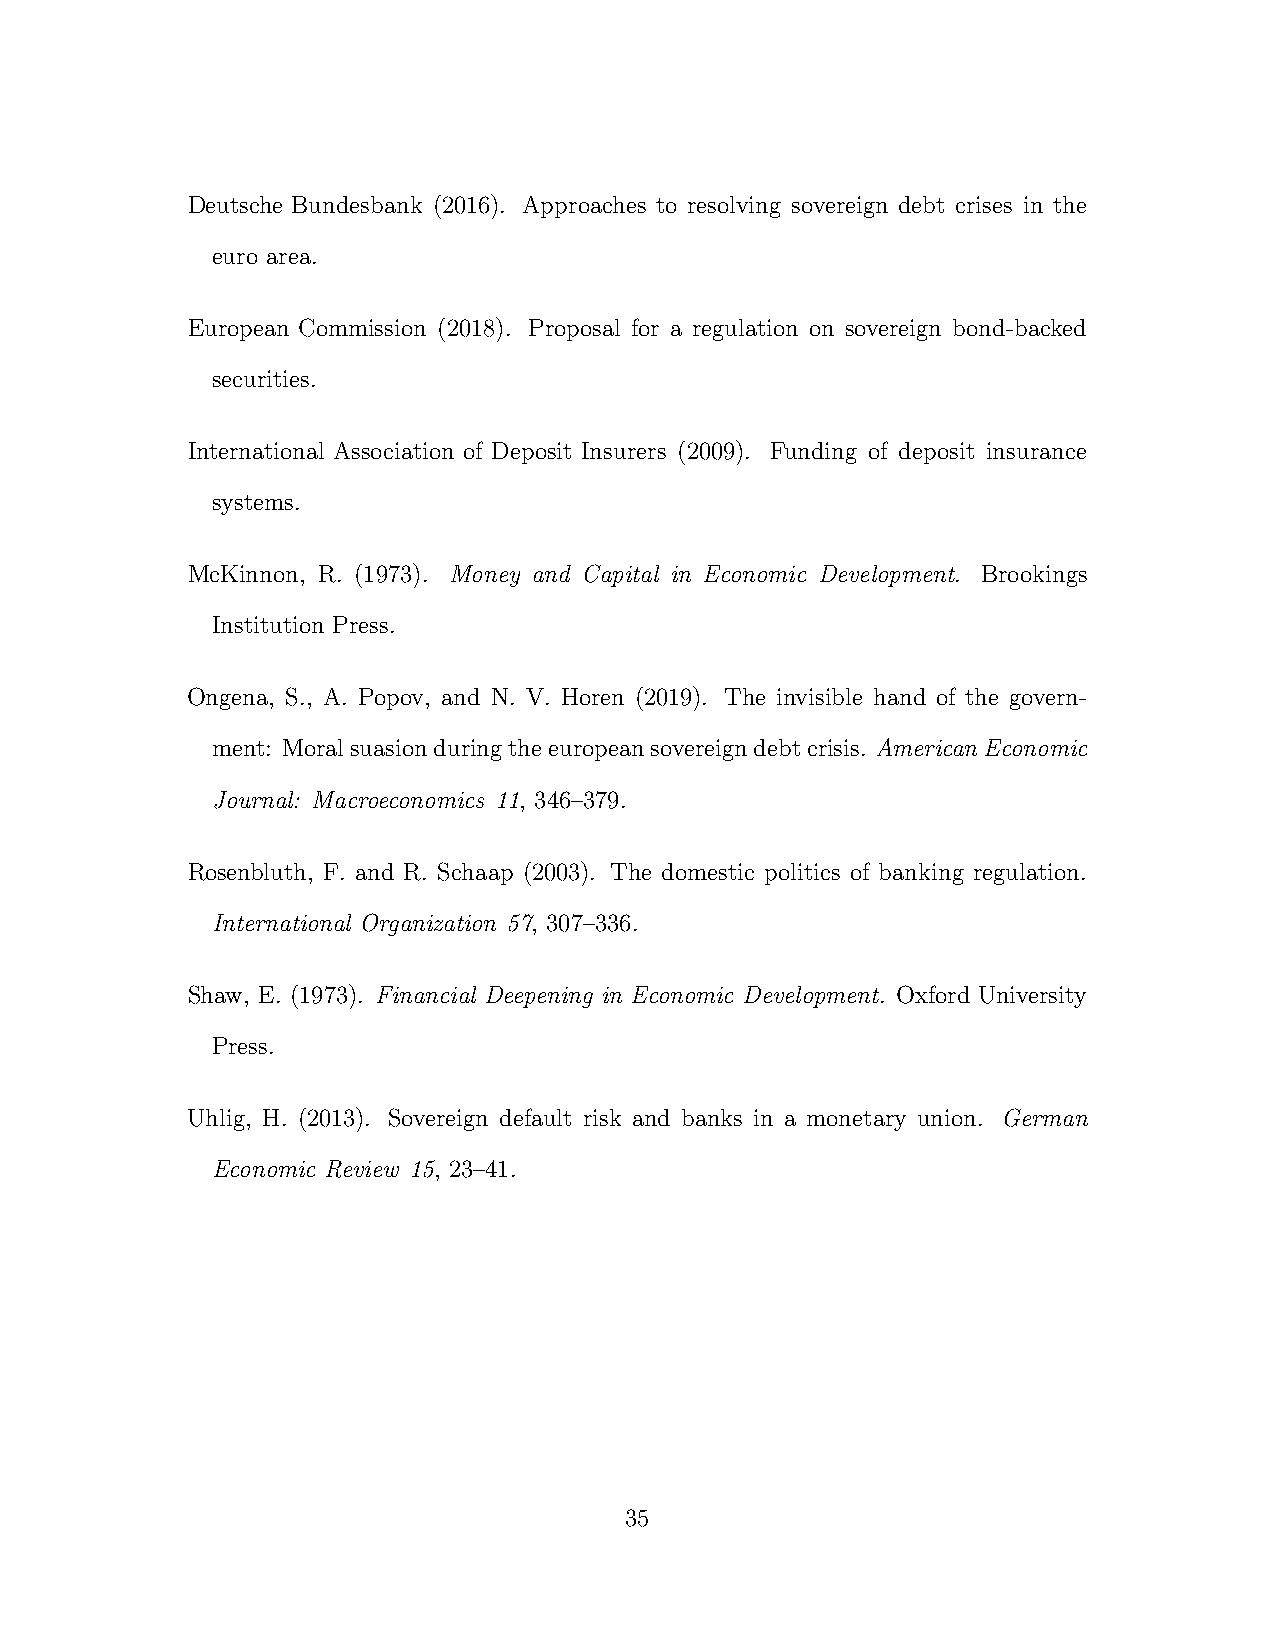
Deutsche Bundesbank (2016). Approaches to resolving sovereign debt crises in the
 euro area.
 European Commission (2018). Proposal for a regulation on sovereign bond-backed
 securities.
 International Association of Deposit Insurers (2009). Funding of deposit insurance
 systems.
 McKinnon, R. (1973). Money and Capital in Economic Development. Brookings
 Institution Press.
 Ongena, S., A. Popov, and N. V. Horen (2019). The invisible hand of the govern-
 ment: Moralsuasionduringtheeuropeansovereigndebtcrisis. American Economic
 Journal: Macroeconomics 11, 346–379.
 Rosenbluth, F. and R. Schaap (2003). The domestic politics of banking regulation.
 International Organization 57, 307–336.
 Shaw, E. (1973). Financial Deepening in Economic Development. Oxford University
 Press.
 Uhlig, H. (2013). Sovereign default risk and banks in a monetary union. German
 Economic Review 15, 23–41.
 35